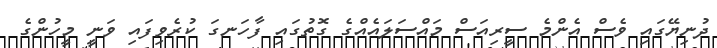
ދުނިޔޭގައި ވެސް އެންމެ ސީރިއަސް މައްސަލައެއްގެ ގޮތުގައި ފާހަނގަ ކުރެވިފައި ވަނީ މީހުންގެ